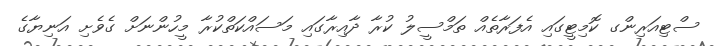
ސްޓިއަރިންގ ކޮމިޓީގައި އެފަރާތެއް ތަމްސީލު ކުރާ ދާއިރާގައި މަސައްކަތްކުރާ މީހުންނަށް ގެވެށި އަނިޔާގެ